Vaccination in Burma 1889-1999 - 1889-1999
Year: 1889
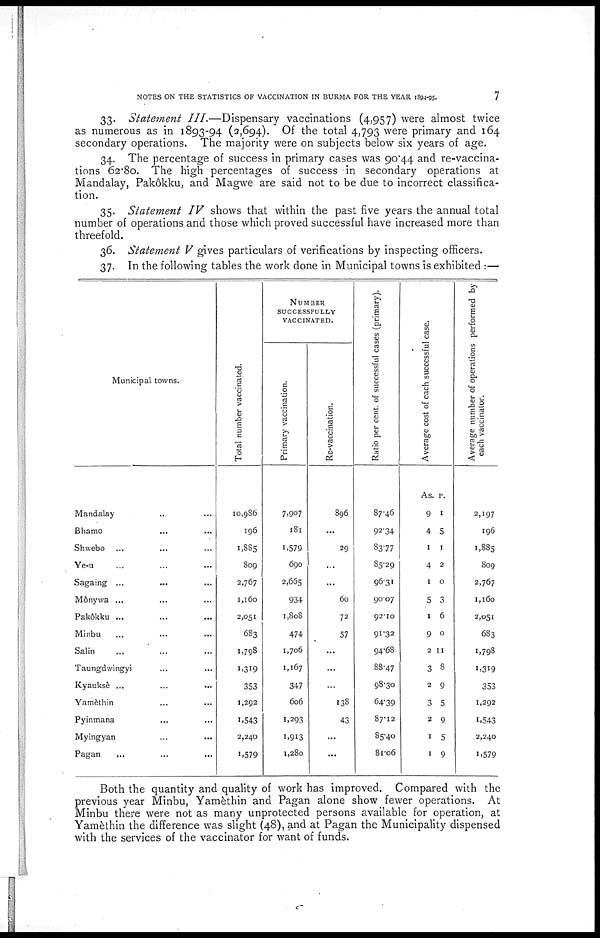
NOTES ON THE STATISTICS OF VACCINATION IN BURMA FOR THE YEAR 1894-95.
7
33. Statement III.—Dispensary vaccinations (4,957) were almost twice
as numerous as in 1893-94 (2,694). Of the total 4,793 were primary and 164
secondary operations. The majority were on subjects below six years of age.
34. The percentage of success in primary cases was 90.44 and re-vaccina-
tions 62.80. The high percentages of success in secondary operations at
Mandalay, Pakôkku, and Magwe are said not to be due to incorrect classifica-
tion.
35. Statement IV shows that within the past five years the annual total
number of operations and those which proved successful have increased more than
threefold.
36. Statement V gives particulars of verifications by inspecting officers.
37. In the following tables the work done in Municipal towns is exhibited :—
Municipal towns.
Mandalay ... ...
Bhamo ... ...
Shwebo ... ...
Ye-u ... ...
Sagaing ... ...
Mônywa ... ...
Pakôkku ... ...
Minbu ... ...
Salin ... ...
Taungdwingyi ... ...
Kyauksè
...
...
...
Yamèthin ... ...
Pyinmana ... ... ...
Myingyan ... ...
Pagan ... ...
Total number vaccinated.
10,986
196
1,885
809
2,767
1,160
2,051
683
1,798
1,319
353
1,292
1,543
2,240
1,579
NUMBER
SUCCESSFULLY
VACCINATED.
Primary vaccination.
7,907
181
1,579
690
2,665
934
1,808
474
1,706
1,167
347
606
1,293
1,913
1,280
Re-vaccination.
896
...
29
...
...
60
72
57
...
...
...
138
43
...
...
Ratio per cent. of successful cases (primary).
87.46
92.34
83.77
85.29
96.31
90.07
92.10
91.32
94.68
88.47
98.30
64.39
87.12
85.40
81.06
Average cost of each successful case.
As.
9
4
1
4
1
5
1
9
2
3
2
3
2
1
1
p.
1
5
1
2
0
3
6
0
11
8
9
5
9
5
9
Average number of operations performed by-
each vaccinator.
2,197
196
1,885
809
2,767
1,160
2,051
683
1,798
1,319
353
1,292
1,543
2,240
1,579
Both the quantity and quality of work has improved. Compared with the
previous year Minbu, Yamèthin and Pagan alone show fewer operations. At
Minbu there were not as many unprotected persons available for operation, at
Yamèthin the difference was slight (48), and at Pagan the Municipality dispensed
with the services of the vaccinator for want of funds.